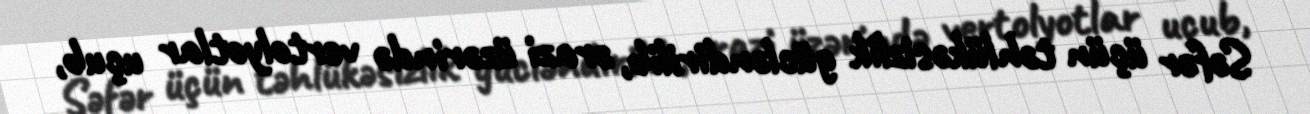
Səfər üçün təhlükəsizlik gücləndirilib, ərazi üzərində vertolyotlar uçub,